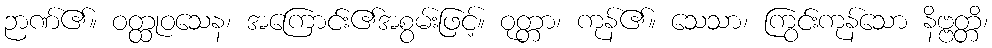
ဉာဏ်၏။ ဝတ္ထုဝသေန၊ အကြောင်း၏အစွမ်းဖြင့်။ ဝုတ္တာ၊ ကုန်၏။ သေသာ၊ ကြွင်းကုန်သော နိဗ္ဗတ္တိ၊